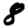
Digit: 8